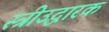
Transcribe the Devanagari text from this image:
स्त्रीउद्धारक